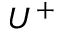
U ^ { + }